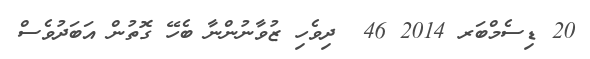
20 ޑިސެމްބަރ 2014 46  ދިވެހި ޒުވާނުންނާ ބެހޭ ގޮތުން އަބަދުވެސް